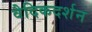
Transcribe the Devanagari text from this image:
वैदिकदर्शन